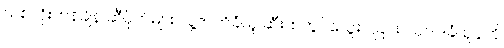
သစ်လုံးတန်ချိန် ဆီပိုက်များ လူ့ဇာတိခံယူ ဆီးထဲတွင်သွေးပါခြင်း ဩဝါဒခံယူပွဲကို